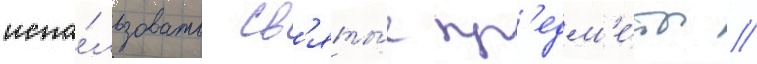
испо́льзовать св'яты́е пр'едм'е́ты //